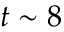
t \sim 8